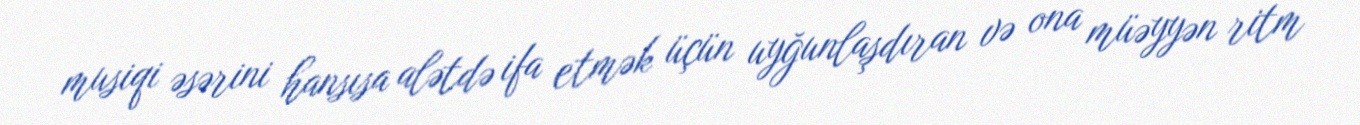
musiqi əsərini hansısa alətdə ifa etmək üçün uyğunlaşdıran və ona müəyyən ritm